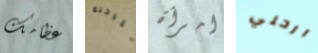
عظامك للرحلة امرأة ارحلي